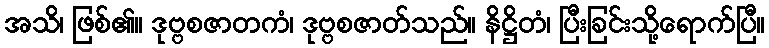
အသိ၊ ဖြစ်၏။ ဒုဗ္ဗစဇာတကံ၊ ဒုဗ္ဗစဇာတ်သည်။ နိဋ္ဌိတံ၊ ပြီးခြင်းသို့ရောက်ပြီ။